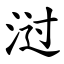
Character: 㳡